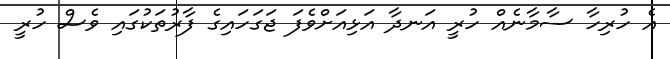
އެ ހުރިހާ ސާމާނެއް ހުރީ އަނދާ އަޅިއަށްވެފަ ޖަގަހައިގެ ފާރުތަކުގައި ވެސް ހުރީ